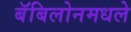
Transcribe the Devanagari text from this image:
बॅबिलोनमधले